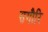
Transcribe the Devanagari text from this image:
सगौरि